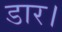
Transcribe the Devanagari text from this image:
डार।